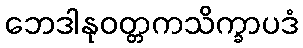
ဘေဒါနုဝတ္တကသိက္ခာပဒံ